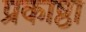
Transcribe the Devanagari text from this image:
प्रकाष्ठा